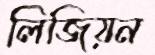
লিজিয়ন